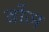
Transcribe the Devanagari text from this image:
बोंज